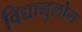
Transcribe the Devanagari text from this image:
विद्यानुलोम